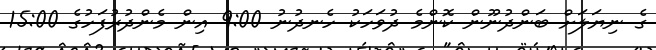
ގެ ނިޔަލަށް ބަންދުނޫން ކޮންމެ ދުވަހަކު ހެނދުނު 9:00 އިން މެންދުރުފަހުގެ 15:00